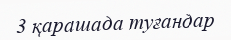
3 қарашада туғандар